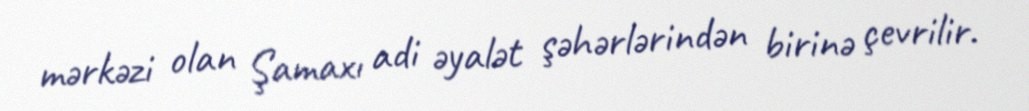
mərkəzi olan Şamaxı adi əyalət şəhərlərindən birinə çevrilir.